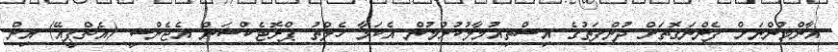
އާންމުންނަށް ފެންނަގޮތަށް ދުންފަތުގެ އިސްތިއުމާލުކުރުމުން އެކަމާ ހެލްތު ޕްރޮޓެކްޝަން އެޖެންސީ (އެޗްޕީއޭ) އިން